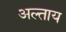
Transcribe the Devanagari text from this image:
अल्ताय